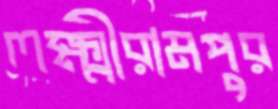
লক্ষ্মীরামপুর